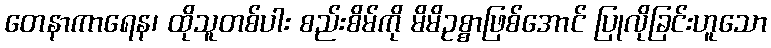
တေနာကာရေန၊ ထိုသူတစ်ပါး စည်းစိမ်ကို မိမိဥစ္စာဖြစ်အောင် ပြုလိုခြင်းဟူသော